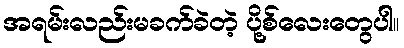
အရမ်းလည်းမခက်ခဲတဲ့ ပို့စ်လေးတွေပါ။